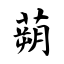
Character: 蒴